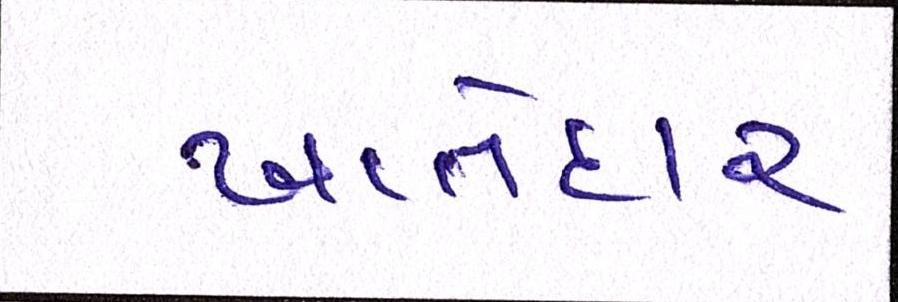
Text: ખાતેદાર